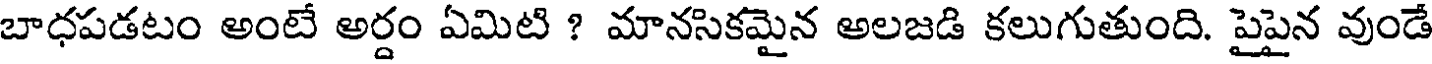
బాధపడటం అంటే అర్దం ఏమిటి ? మానసికమైన అలజడి కలుగుతుంది. పైపైన వుండే